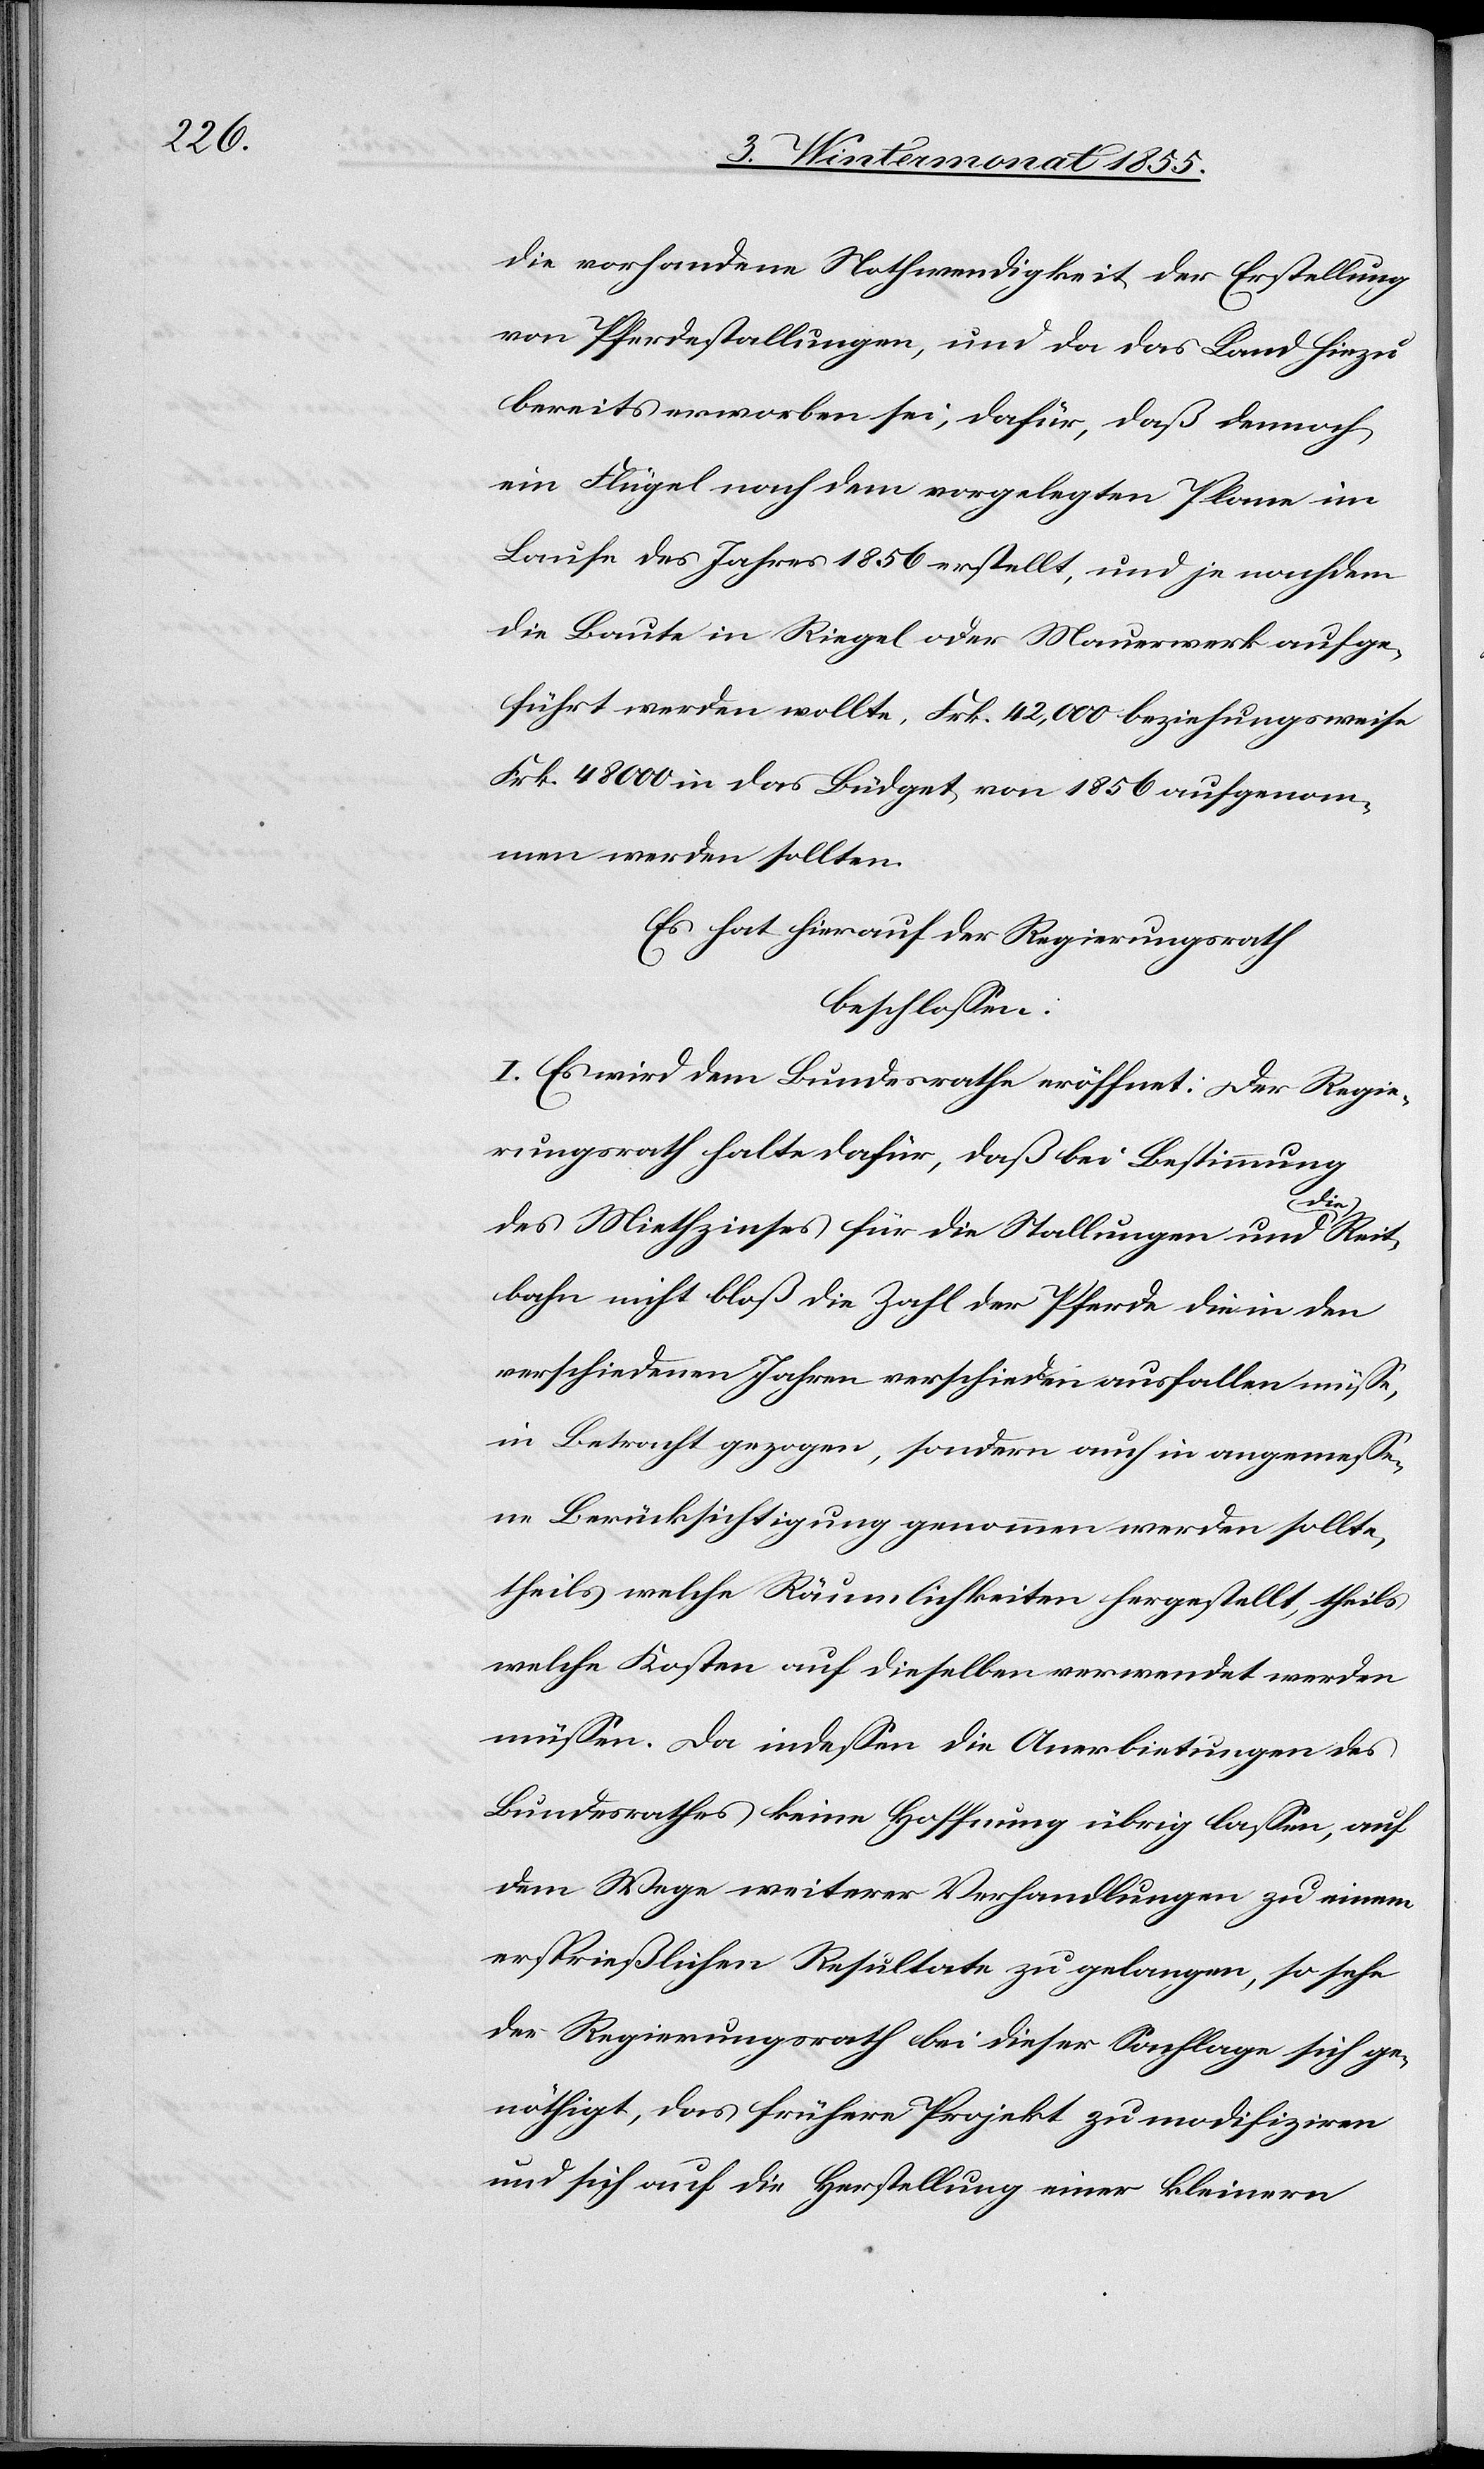
die vorhandene Nothwendigkeit der Erstellung
von Pferdestallungen, und da das Land hiezu
bereits erworben sei, dafür, daß dennoch
ein Flügel nach dem vorgelegten Plane im
Laufe des Jahres 1856 erstellt, und je nachdem
die Baute in Riegel oder Mauerwerk aufge¬
führt werden wollte, Frk. 42,000 beziehungsweise
Frk. 48 000 in das Büdget von 1856 aufgenom¬
men werden sollten.
Es hat hierauf der Regierungsrath
beschlossen:
I. Es wird dem Bundesrathe eröffnet: Der Regie¬
rungsrath halte dafür, daß die Bestimmung
des Miethzinses für die Stallungen und die Reit¬
bahn nicht bloß die Zahl der Pferde die in den
verschiedenen Jahren verschieden ausfallen müsse,
in Betracht gezogen, sondern auch in angemesse¬
ne Berücksichtigung genommen werden sollte,
theils welche Räumlichkeiten hergestellt, theils
welche Kosten auf dieselben verwendet werden
müssen. Da indessen die Anerbietungen des
Bundesrathes keine Hoffnung übrig lassen, auf
dem Wege weiterer Verhandlungen zu einem
ersprießlichen Resultate zu gelangen, so sehe
der Regierungsrath bei dieser Sachlage sich ge¬
nöthigt, das frühere Projekt zu modifiziren
und sich auf die Herstellung einer kleinern